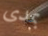
بمدى